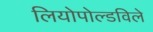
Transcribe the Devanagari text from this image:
लियोपोल्डविले